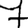
Digit: 7